Civil Veterinary Dept. Assam report 1911-1927 - 1911-1927
Year: 1911
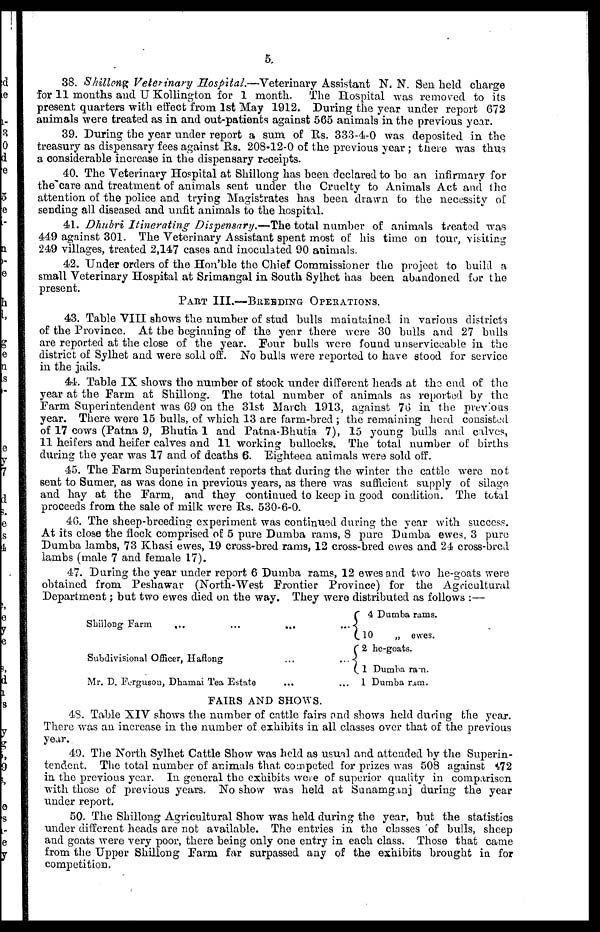
5.
38. Shillong Veterinary Hospital.—Veterinary
Assistant N. N. Sen held charge
for 11 months and U Kollington for 1 month.
The Hospital was removed to its
present quarters with effect from 1st May 1912. During the year under report 672
animals were treated as in and out-patients against 565 animals in the previous year.
39. During the year under report a sum of Rs. 333-4-0 was deposited in the
treasury as dispensary fees against Its. 208-12-0 of the previous year ; there was thus
a considerable increase in the dispensary receipts.
40. The Veterinary Hospital at Shillong has been declared to be an infirmary for
the care and treatment of animals sent under the Cruelty to Animals Act and the
attention of the police and trying Magistrates has been drawn to the necessity of
sending all diseased and unfit animals to the hospital.
41. Dhubri Itinerating
Dispensary,—The total number of animals treated was
449 against 301. The Veterinary Assistant spent most of his time on tour, visiting
249 villages, treated 2,147 cases and inoculated 90 animals.
42. Under orders of the Hon'ble the Chief Commissioner the project to build a
small Veterinary Hospital at Srimangal in South Sylhet has been abandoned for the
present.
PART III.—BREBDING OPERATIONS.
43. Table VIII shows the number of stud bulls maintained in various districts
of the Province. At the beginning of the year there were 30 bulls and 27 bulls
are reported at the close of the year. Four bulls were found unserviceable in the
district of Sylhet and were sold off. No bulls were reported to have stood for service
in the jails.
44. Table IX shows the number of stock under different heads at the end of the
year at the Farm at Shillong. The total number of animals as reported by the
Farm Superintendent was 69 on the 31st March 1913, against 76 in the previous
year. There were 15 bulls, of which 13 are farm-bred ; the remaining herd consisted
of 17 cows (Patna 9, Bhutia 1 and Patna-Bhutia 7), 15 young bulls and calves,
11 heifers and heifer calves and 11 working bullocks. The total number of births
during the year was 17 and of deaths 6. Eighteen animals were sold off.
45. The Farm Superintendent reports that during the winter the cattle were not
sent to Sumer, as was done in previous years, as there was sufficient supply of silage
and hay at the Farm, and they continued to keep in good condition. The total
proceeds from the sale of milk were Rs. 530-6-0.
46. The sheep-breeding experiment was continued during the year with success.
At its close the flock comprised of 5 pure Dumba rams, 8 pure Dumba ewes, 3 pure
Dumba lambs, 73 Khasi ewes, 19 cross-bred rams, 12 cross-bred ewes and 24 cross-bred
lambs (male 7 and female 17).
47. During the year under report 6 Dumba rams, 12 ewes and two he-goats were
obtained from Peshawar (North-West Frontier Province) for the Agricultural
Department; but two ewes died on the way. They were distributed as follows :—
Shillong Farm
...
...
...
Subdivisional Officer, Haflong ...
Mr. D. Ferguson, Dhamai Tea Estate ...
4 Dumba rams.
10 „ ewes.
2 he-goats.
...1 Dumba ram
...1 Dumba ram,
FAIRS AND SHOWS.
48. Table XIV shows the number of cattle fairs and shows held during the year.
There was an increase in the number of exhibits in all classes over that of the previous
year.
49. The North Sylhet Cattle Show was held as usual and attended by the Superin-
tendent. The total number of animals that competed for prizes was 508 against 972
in the previous year. In general the exhibits were of superior quality in comparison
with those of previous years. No show was held at Sunamganj during the year
under report.
50. The Shillong Agricultural Show was held during the year, but the statistics
under different heads are not available. The entries in the classes of bulls, sheep
and goats were very poor, there being only one entry in each class. Those that came
from the Upper Shillong Farm far surpassed any of the exhibits brought in for
competition.